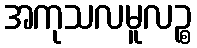
အကုသလမူလဉ္စ